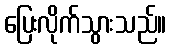
ပြေးလိုက်သွားသည်။